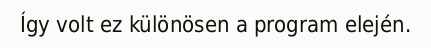
Így volt ez különösen a program elején.